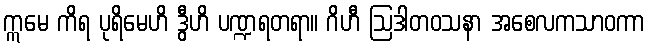
ဣမေ ကိရ ပုရိမေဟိ ဒွီဟိ ပဏ္ဍရတရာ။ ဂိဟီ ဩဒါတဝသနာ အစေလကသာဝကာ